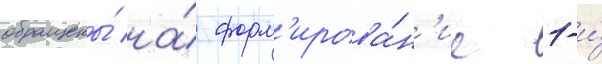
обращены́ на́ форм'ирова́н'ие 1-и́